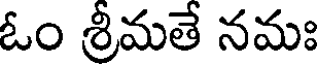
ఓం శ్రీమతే నమః